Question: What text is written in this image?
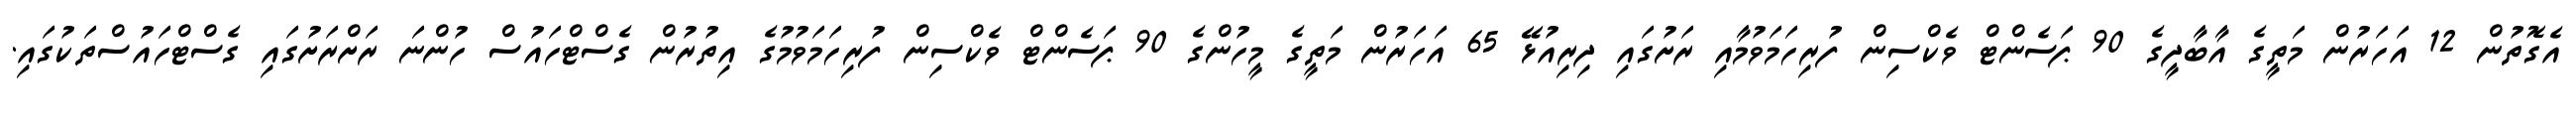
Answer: އެގޮތުން 12 އަހަރުން މަތީގެ އާބާދީގެ 90 ޕަސެންޓް ވެކްސިން ފުރިހަމަވުމާއި ރަށުގައި ދިރިއުޅޭ 65 އަހަރުން މަތީގެ މީހުންގެ 90 ޕަސެންޓް ވެކްސިން ފުރިހަމަވުމުގެ އިތުރުން ގެސްޓްހައުސް ހުންނަ ރަށްރަށުގައި ގެސްޓްހައުސްތަކުގައި.